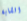
الشابة